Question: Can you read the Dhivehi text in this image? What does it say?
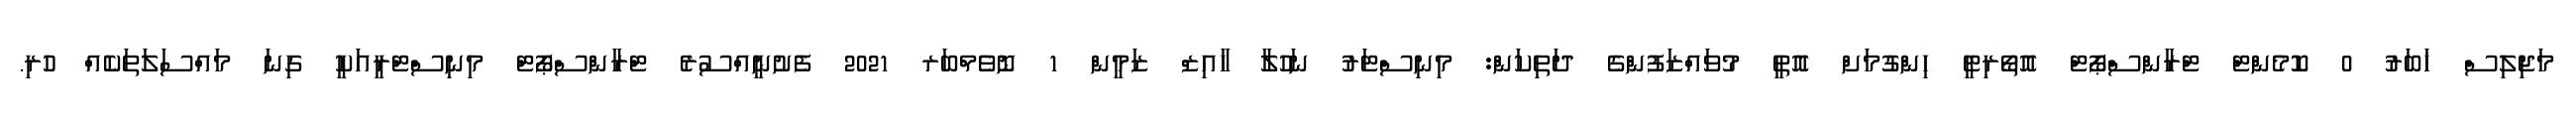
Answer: މަޖިލިސް ޚަބަރު 0 ކޮމެންޓް ޓްރާންސްޕޯޓް އޮތޯރިޓީ ހިންގުމަށް އޮތީ މުވައްޒަފުންގެ ދަތިކަން: މިނިސްޓަރު ނަހުލާ ހާއިޒް ޒަމީން 1 ނޮވެމްބަރ 2021 ފެށުނީއްސުރެ ޓްރާންސްޕޯޓް މިނިސްޓްރީއަކީ ގިނަ މައްސަލަތަކެއް ހުރި.